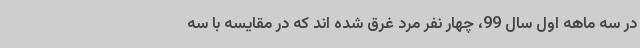
در سه ماهه اول سال 99، چهار نفر مرد غرق شده اند که در مقایسه با سه